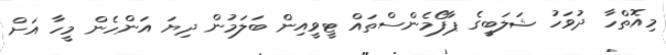
މިއޮތްހާ ދުވަހު ޝަލަބީގެ ޕާފޯމެންސްތައް ޓީވީއިން ބަލަމުން ދިޔަ އަންހެން މީހާ އަށް